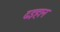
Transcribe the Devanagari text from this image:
दइहान